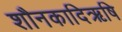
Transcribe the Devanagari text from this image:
शौनकादिऋषि